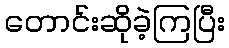
တောင်းဆိုခဲ့ကြပြီး